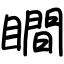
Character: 瞷